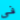
فى